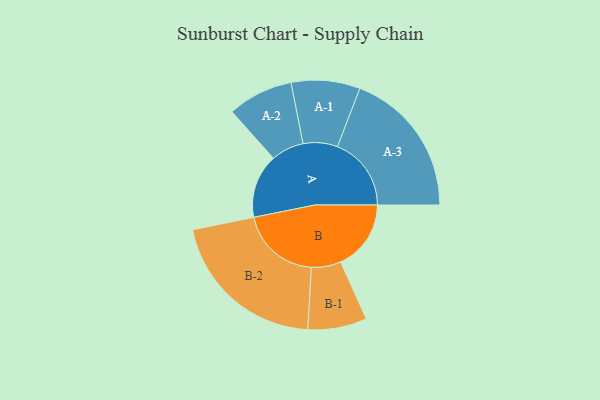
{"axis": {"x": "Segment", "y": "Value"}, "legend": ["", "A", "B"], "data": [{"x": "A", "y": 238, "type": ""}, {"x": "B", "y": 262, "type": ""}, {"x": "A-1", "y": 128, "type": "A"}, {"x": "A-2", "y": 122, "type": "A"}, {"x": "A-3", "y": 275, "type": "A"}, {"x": "B-1", "y": 110, "type": "B"}, {"x": "B-2", "y": 300, "type": "B"}]}